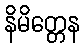
နိမိတ္တေန